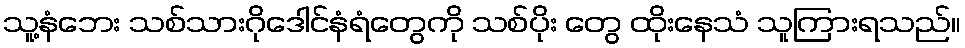
သူ့နံဘေး သစ်သားဂိုဒေါင်နံရံတွေကို သစ်ပိုး တွေ ထိုးနေသံ သူကြားရသည်။